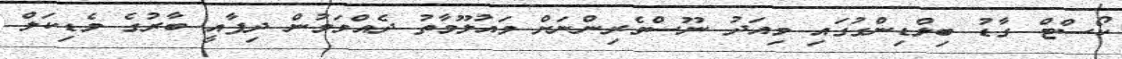
ކޯސްޓް ގާޑު ބިލްޑިންގުގައި މިއަދު ނޫސްވެރިންނަށް މައުލޫމާތު ދެއްވަމުން ދިފާއީ ބާރުގެ މެޑިކަލް